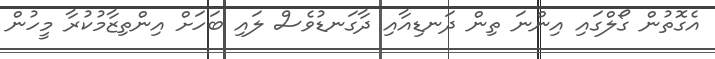
އެގޮތުން ގޯލްގައި އިންނަ ތިން ދަނޑިއާއި ދާގަނޑުވެސް ލައި ބަހަށް އިންތިޒާމުކުރާ މީހުން